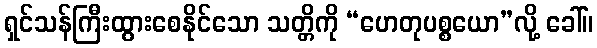
ရှင်သန်ကြီးထွားစေနိုင်သော သတ္တိကို “ဟေတုပစ္စယော”လို့ ခေါ်။